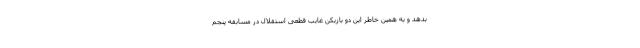
بدهد و به همین خاطر این دو بازیکن غایب قطعی استقلال در مسابقه پنجم